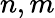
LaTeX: n,m